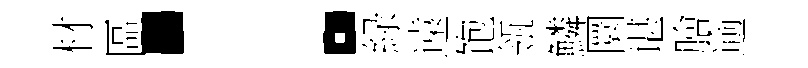
材區：緑遠饱瓴鱗圜谌膾逾